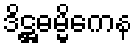
ဒိဋ္ဌဓမ္မိကေန